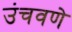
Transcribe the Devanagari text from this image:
उंचवणे